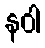
နဝါ